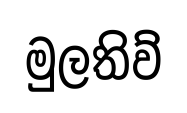
මුලතිව්